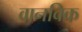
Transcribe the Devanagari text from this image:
वानविक